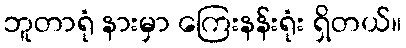
ဘူတာရုံ နားမှာ ကြေးနန်းရုံး ရှိတယ်။